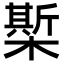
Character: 𣚄